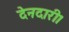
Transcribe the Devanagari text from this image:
देनदारी।